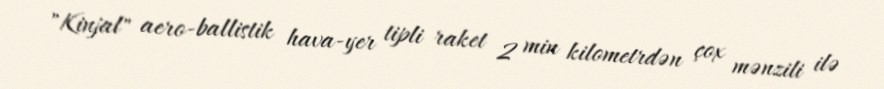
"Kinjal" aero-ballistik hava-yer tipli raket 2 min kilometrdən çox mənzili ilə